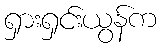
ရှားရှင်းယွန်က